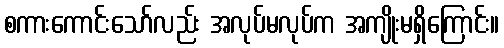
စကားကောင်းသော်လည်း အလုပ်မလုပ်က အကျိုးမရှိကြောင်း။